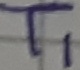
Text: T1